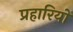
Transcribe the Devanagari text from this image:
प्रहारियों